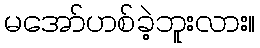
မအော်ဟစ်ခဲ့ဘူးလား။